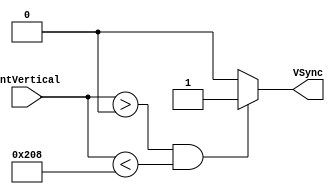
`timescale 1ns / 1ps

/*
	LOGBOOK:
	11-Ago-2016: Fue modificado para adaptarlo a 840 000 ticks
	13-Ago-2016: Eran 20 bits en lugar de 40
*/

module generadorVsync(cntVertical,VSync);
	//entradas
	input [9:0] cntVertical;
	//salida
	output VSync;
	reg VSync;
	always @(cntVertical)
	begin
		// Flanco Positivo del VSync
		if(cntVertical > 0 && cntVertical < 520) VSync = 1'b1;
		// Flanco Negativo del VSync
		else VSync = 1'b0;
	end
endmodule